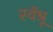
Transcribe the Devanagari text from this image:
स्वॅश्रू